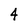
Character: 4